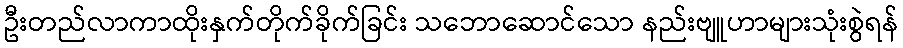
ဦးတည်လာကာထိုးနှက်တိုက်ခိုက်ခြင်း သဘောဆောင်သော နည်းဗျူဟာများသုံးစွဲရန်